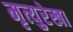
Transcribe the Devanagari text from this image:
मृत्युरेखा